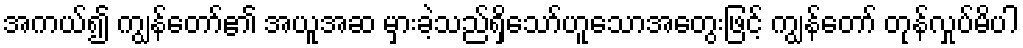
အကယ်၍ ကျွန်တော်၏ အယူအဆ မှားခဲ့သည်ရှိသော်ဟူသောအတွေးဖြင့် ကျွန်တော် တုန်လှုပ်မိပါ